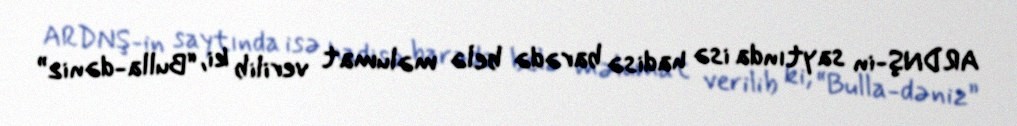
ARDNŞ-in saytında isə hadisə barədə belə məlumat verilib ki, “Bulla-dəniz”